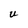
Character: U